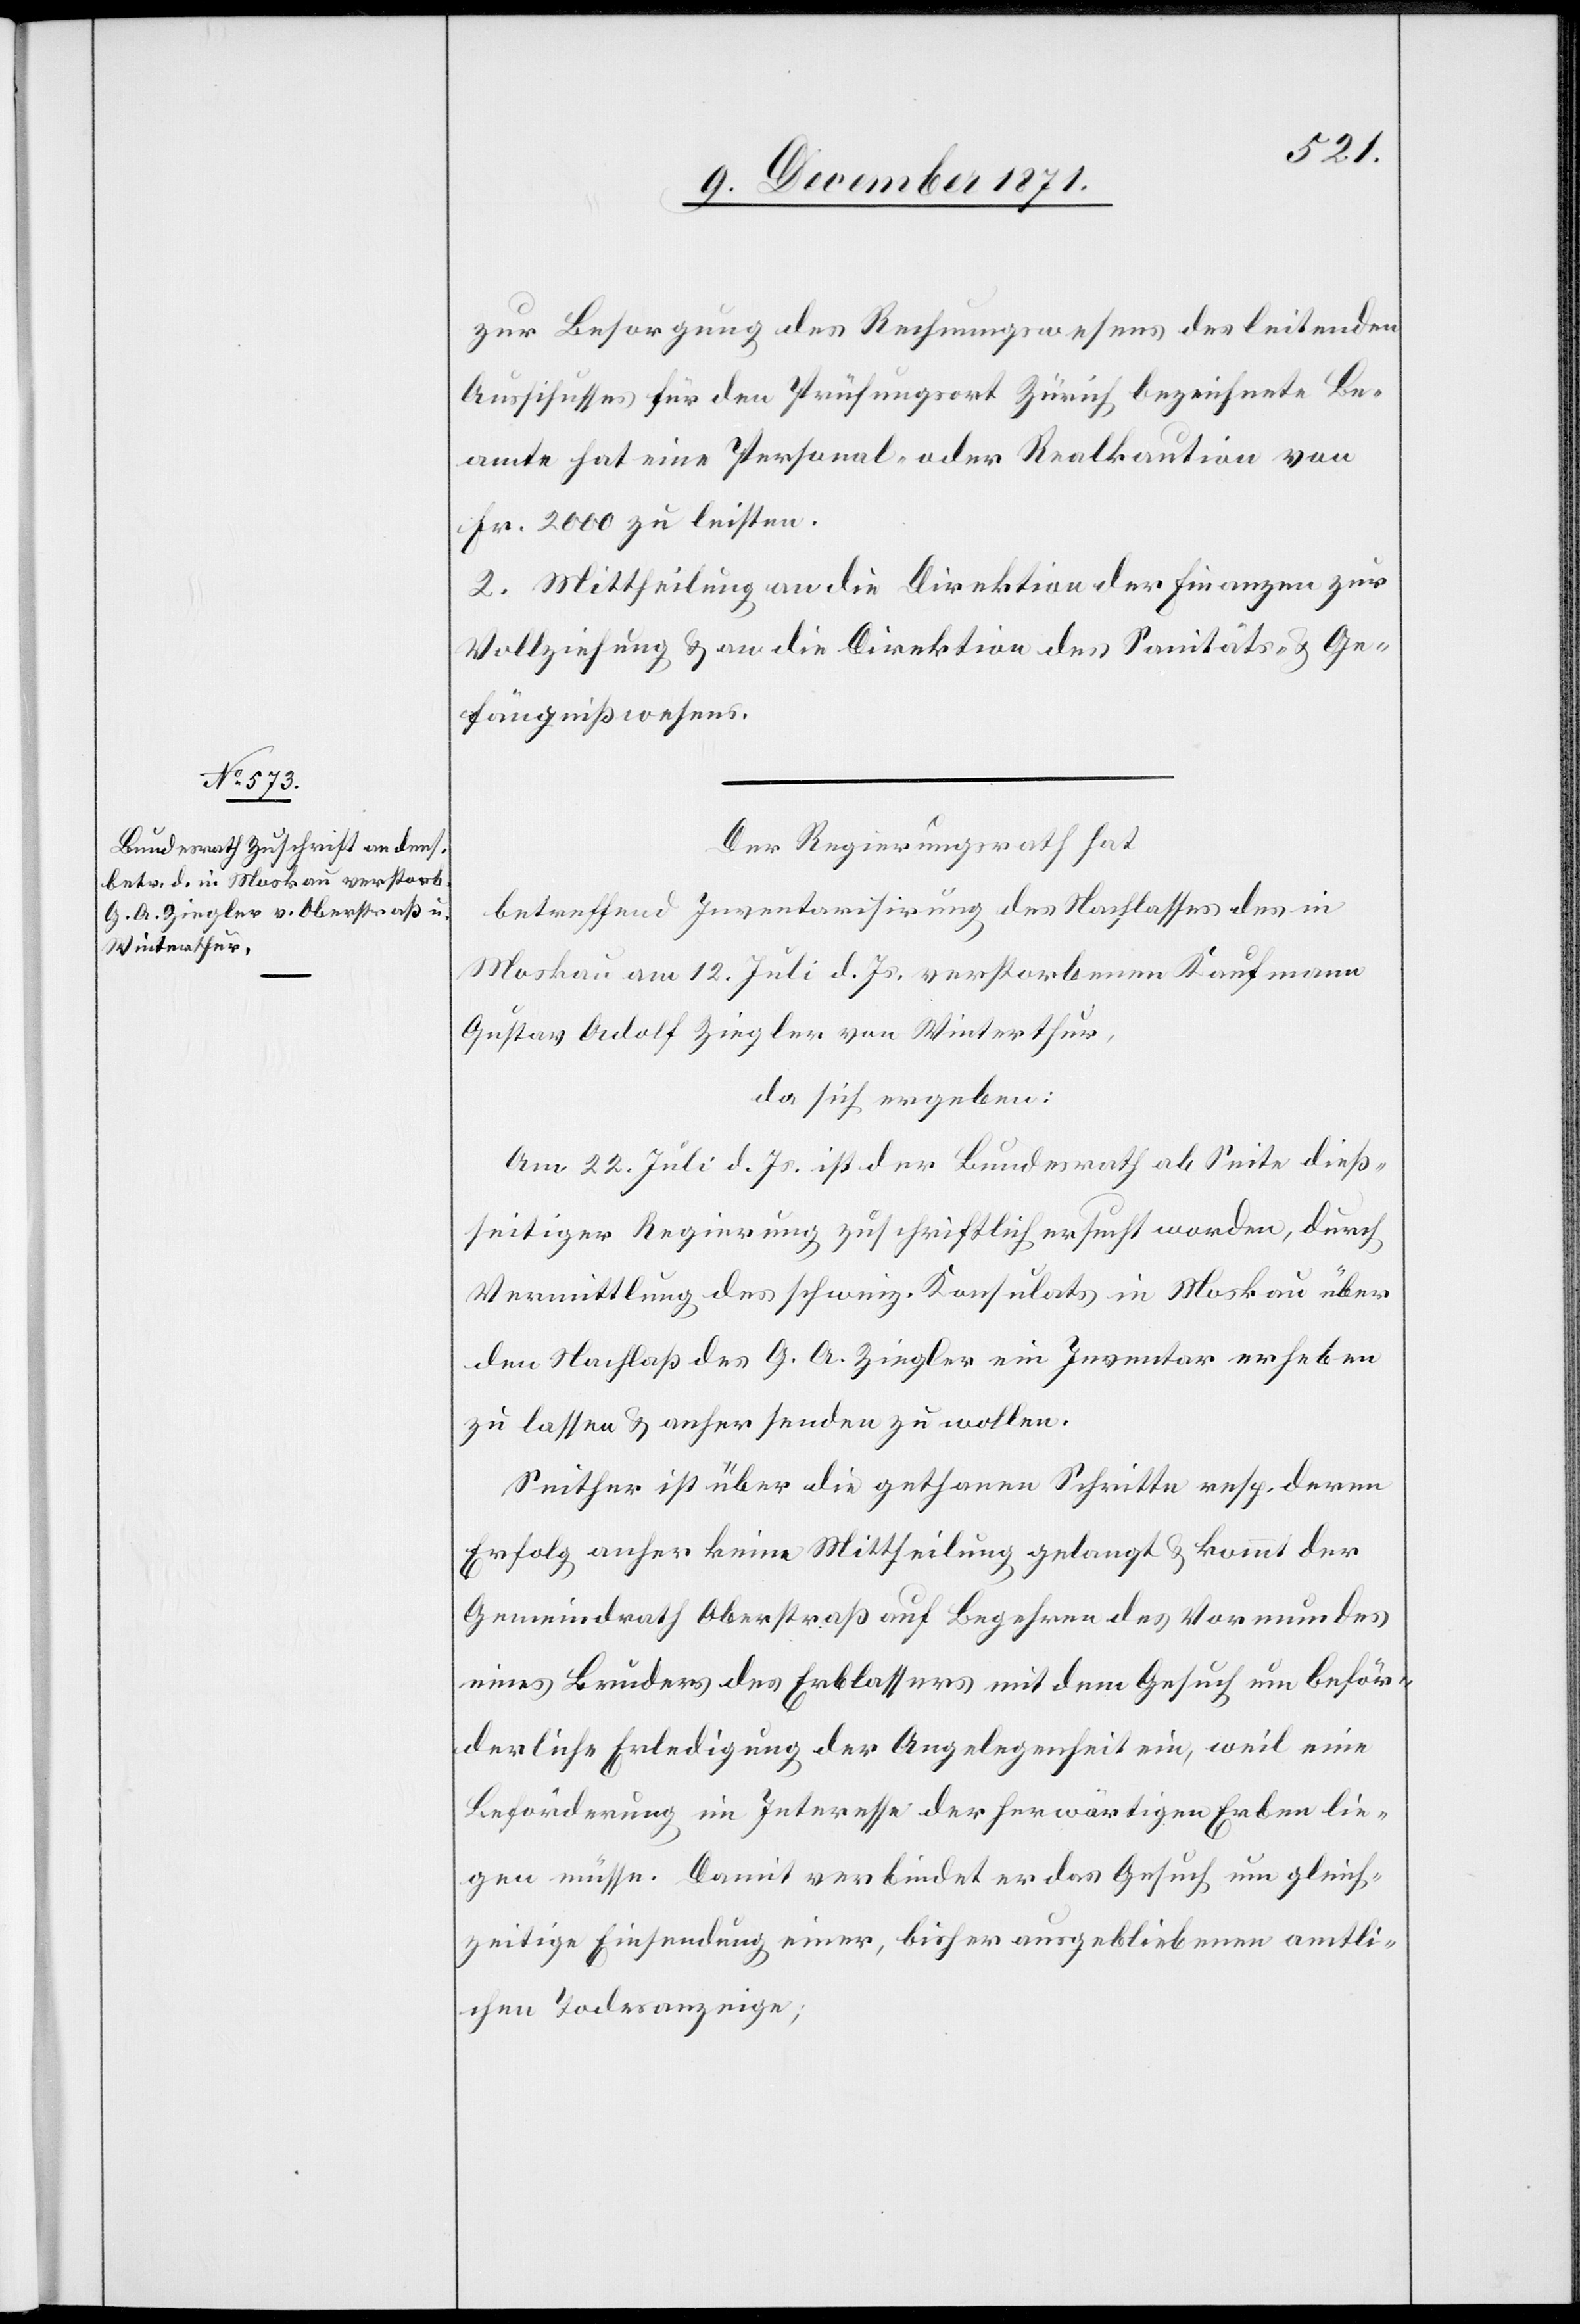
zur Besorgung des Rechnungswesens des leitenden
Ausschusses für den Prüfungsort Zürich bezeichnete Be¬
amte hat eine Personal- oder Realkaution von
Fr. 2000 zu leisten.
2. Mittheilung an die Direktion der Finanzen zur
Vollziehung & an die Direktion des Sanitäts- & Ge¬
fängnißwesens.
Der Regierungsrath hat
betreffend Inventarisirung des Nachlasses des in
Moskau am 12. Juli d. Js. verstorbenen Kaufmann
Gustav Adolf Ziegler von Winterthur,
da sich ergeben:
Am 22. Juli d. Js. ist der Bundesrath ab Seite dieß¬
seitiger Regierung zuschriftlich ersucht worden, durch
Vermittlung des schweiz. Konsulats in Moskau über
den Nachlaß des G. A. Ziegler ein Inventar erheben
zu lassen & anher senden zu wollen.
Seither ist über die gethanen Schritte resp. deren
Erfolg anher keine Mittheilung gelangt & kommt der
Gemeindrath Oberstraß auf Begehren des Vormundes
eines Bruders des Erblassers mit dem Gesuch um behör¬
derliche Erledigung der Angelegenheit ein, weil eine
Beförderung im Interesse der herwärtigen Erben lie¬
gen müsse. Damit verbindet er das Gesuch um gleich¬
zeitige Einsendung einer, bisher ausgebliebenen amtli¬
chen Todesanzeige;